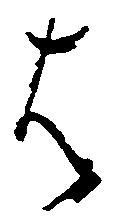
は